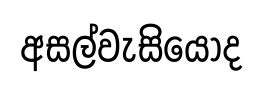
අසල්වැසියෝද